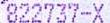
822737-X